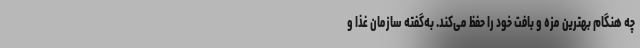
چه هنگام بهترین مزه و بافت خود را حفظ می‌کند. به‌گفته سازمان غذا و